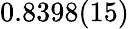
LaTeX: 0.8398(15)